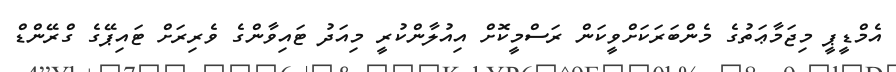
އެމްޑީޕީ މިޖަމާޢަތުގެ މެންބަރަކަށްވީކަން ރަސްމީކޮށް އިއުލާންކުރީ މިއަދު ޓައިވާންގެ ވެރިރަށް ޓައިޕޭގެ ގްރޭންޑް